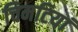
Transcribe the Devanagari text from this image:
चिमटियां